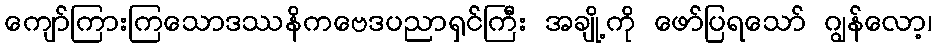
ကျော်ကြားကြသောဒဿနိကဗေဒပညာရှင်ကြီး အချို့ကို ဖော်ပြရသော် ဂျွန်လော့၊